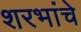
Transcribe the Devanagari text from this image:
शरभांचे